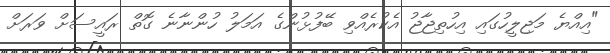
"އިއްޔެ މަޖިލީހުގައި އިހުތިޖާޖު އެކުރެއްވި ބޭފުޅުންގެ އަމަލު ހުންނާނެ ގޮތް ރައީސަށް ވަރަށް